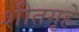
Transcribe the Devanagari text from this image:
शीतगृहे